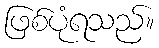
ဖြစ်ပုံရသည်။